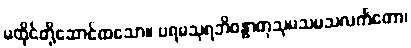
မထိုင်တို့ဆောင်ထသော။ ပရမသုရဘိဝန္ဓာတုသုမသမသလင်္ကတော၊